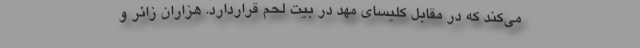
می‌کند که در مقابل کلیسای مهد در بیت لحم قراردارد. هزاران زائر و